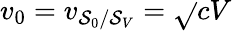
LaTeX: v_{0}=v_{\mathcal{S}_{0}/\mathcal{S}_{V}}=\sqrt{}{{cV}}